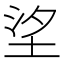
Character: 𡋆